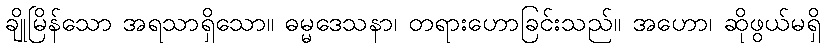
ချိုမြိန်သော အရသာရှိသော။ ဓမ္မဒေသနာ၊ တရားဟောခြင်းသည်။ အဟော၊ ဆိုဖွယ်မရှိ